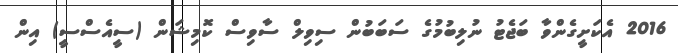
2016 އެކަށީގެންވާ ބަޖެޓު ނުލިބުމުގެ ސަބަބުން ސިވިލް ސާވިސް ކޮމިޝަން (ސީއެސްސީ) އިން